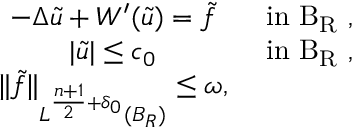
\begin{array} { r } { \begin{array} { c c } { - \Delta \tilde { u } + W ^ { \prime } ( \tilde { u } ) = \tilde { f } } & { \mathrm { ~ i n ~ B _ R ~ } , } \\ { | \tilde { u } | \leq c _ { 0 } } & { \mathrm { ~ i n ~ B _ R ~ } , } \\ { \| \tilde { f } \| _ { L ^ { \frac { n + 1 } { 2 } + \delta _ { 0 } } ( B _ { R } ) } \leq \omega , } \end{array} } \end{array}